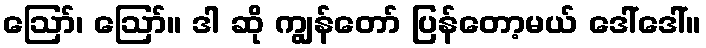
ဪ၊ ဪ။ ဒါ ဆို ကျွန်တော် ပြန်တော့မယ် ဒေါ်ဒေါ်။